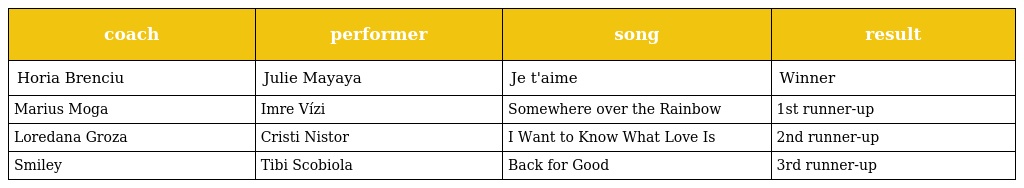
| coach | performer | song | result |
 | --- | --- | --- | --- |
 | Horia Brenciu | Julie Mayaya | Je t'aime | Winner |
 | Marius Moga | Imre Vízi | Somewhere over the Rainbow | 1st runner-up |
 | Loredana Groza | Cristi Nistor | I Want to Know What Love Is | 2nd runner-up |
 | Smiley | Tibi Scobiola | Back for Good | 3rd runner-up |